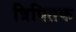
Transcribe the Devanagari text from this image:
त्रिपितक